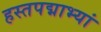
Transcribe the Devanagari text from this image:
हस्तपद्माभ्यां